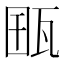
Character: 𤭋